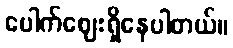
ပေါက်ဈေးရှိနေပါတယ်။